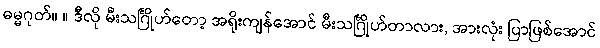
ဓမ္မဂုတ်။ ။ ဒီလို မီးသင်္ဂြိုဟ်တော့ အရိုးကျန်အောင် မီးသင်္ဂြိုဟ်တာလား, အားလုံး ပြာဖြစ်အောင်